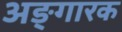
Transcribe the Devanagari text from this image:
अङ्गारक